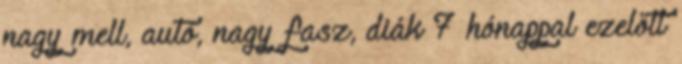
nagy mell, autó, nagy fasz, diák 7 hónappal ezelőtt